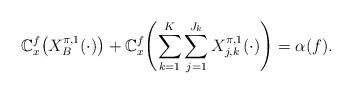
LaTeX: \begin{align*} \mathbb{C}_x^{f} \bigl(X_{B}^{\pi,1}(\cdot) \bigr) + \mathbb {C}_x^{f} \Biggl( \sum_{k=1}^K \sum_{j=1}^{J_k}X_{j,k}^{\pi,1}(\cdot) \Biggr) = \alpha(f).\end{align*}